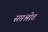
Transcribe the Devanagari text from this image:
सप्तश्रोत